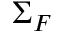
\Sigma _ { F }